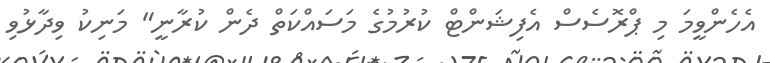
އެހެންވީމަ މި ޕްރޮސެސް އެފިޝަންޓް ކުރުމުގެ މަސައްކަަތް ދެން ކުރާނީ" މަނިކު ވިދާޅުވި